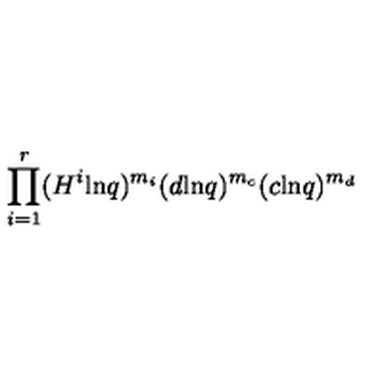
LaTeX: \prod _ { i = 1 } ^ { r } ( H ^ { i } \mathrm { l n } q ) ^ { m _ { i } } ( d \mathrm { l n } q ) ^ { m _ { c } } ( c \mathrm { l n } q ) ^ { m _ { d } }